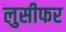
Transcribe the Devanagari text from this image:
लुसीफर